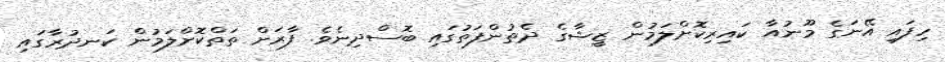
ހިފައި އޭނަގެ މޫނުއާ ކައިރިކޮށްލަމުން ޒީޝާގެ ދެތުންފަތުގައި ބޮސްދިނެވެ. ފާރަށް ތަތްކޮށްލަމުން ކަނދުރާގައި